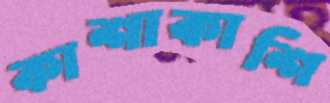
কাশাকাশি